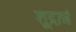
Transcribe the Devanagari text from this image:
शूद्रान्नं